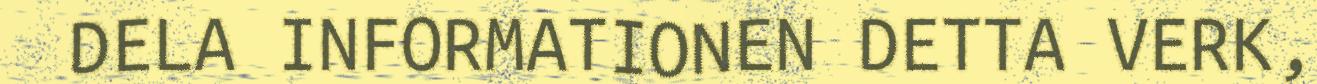
DELA INFORMATIONEN DETTA VERK,